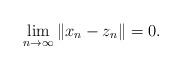
LaTeX: \begin{align*}\lim_{n\rightarrow\infty}\|x_n-z_n\|=0.\end{align*}